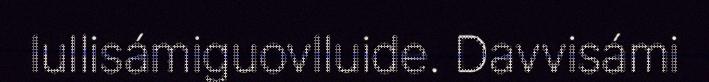
lullisámiguovlluide. Davvisámi